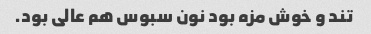
تند و خوش مزه بود نون سبوس هم عالی بود.